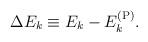
LaTeX: \begin{align*}\Delta E_k \equiv E_k - E^{(\rm P)}_k. \end{align*}